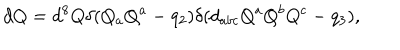
LaTeX: d Q = d ^ { 8 } Q \delta ( { Q _ { a } Q ^ { a } - q _ { 2 } } ) \delta ( { d _ { a b c } Q ^ { a } Q ^ { b } Q ^ { c } - q _ { 3 } } ) ,